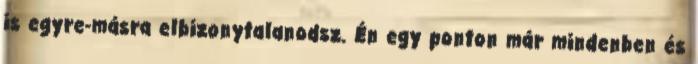
is egyre-másra elbizonytalanodsz. Én egy ponton már mindenben és